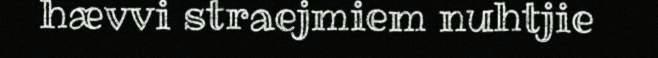
hævvi straejmiem nuhtjie